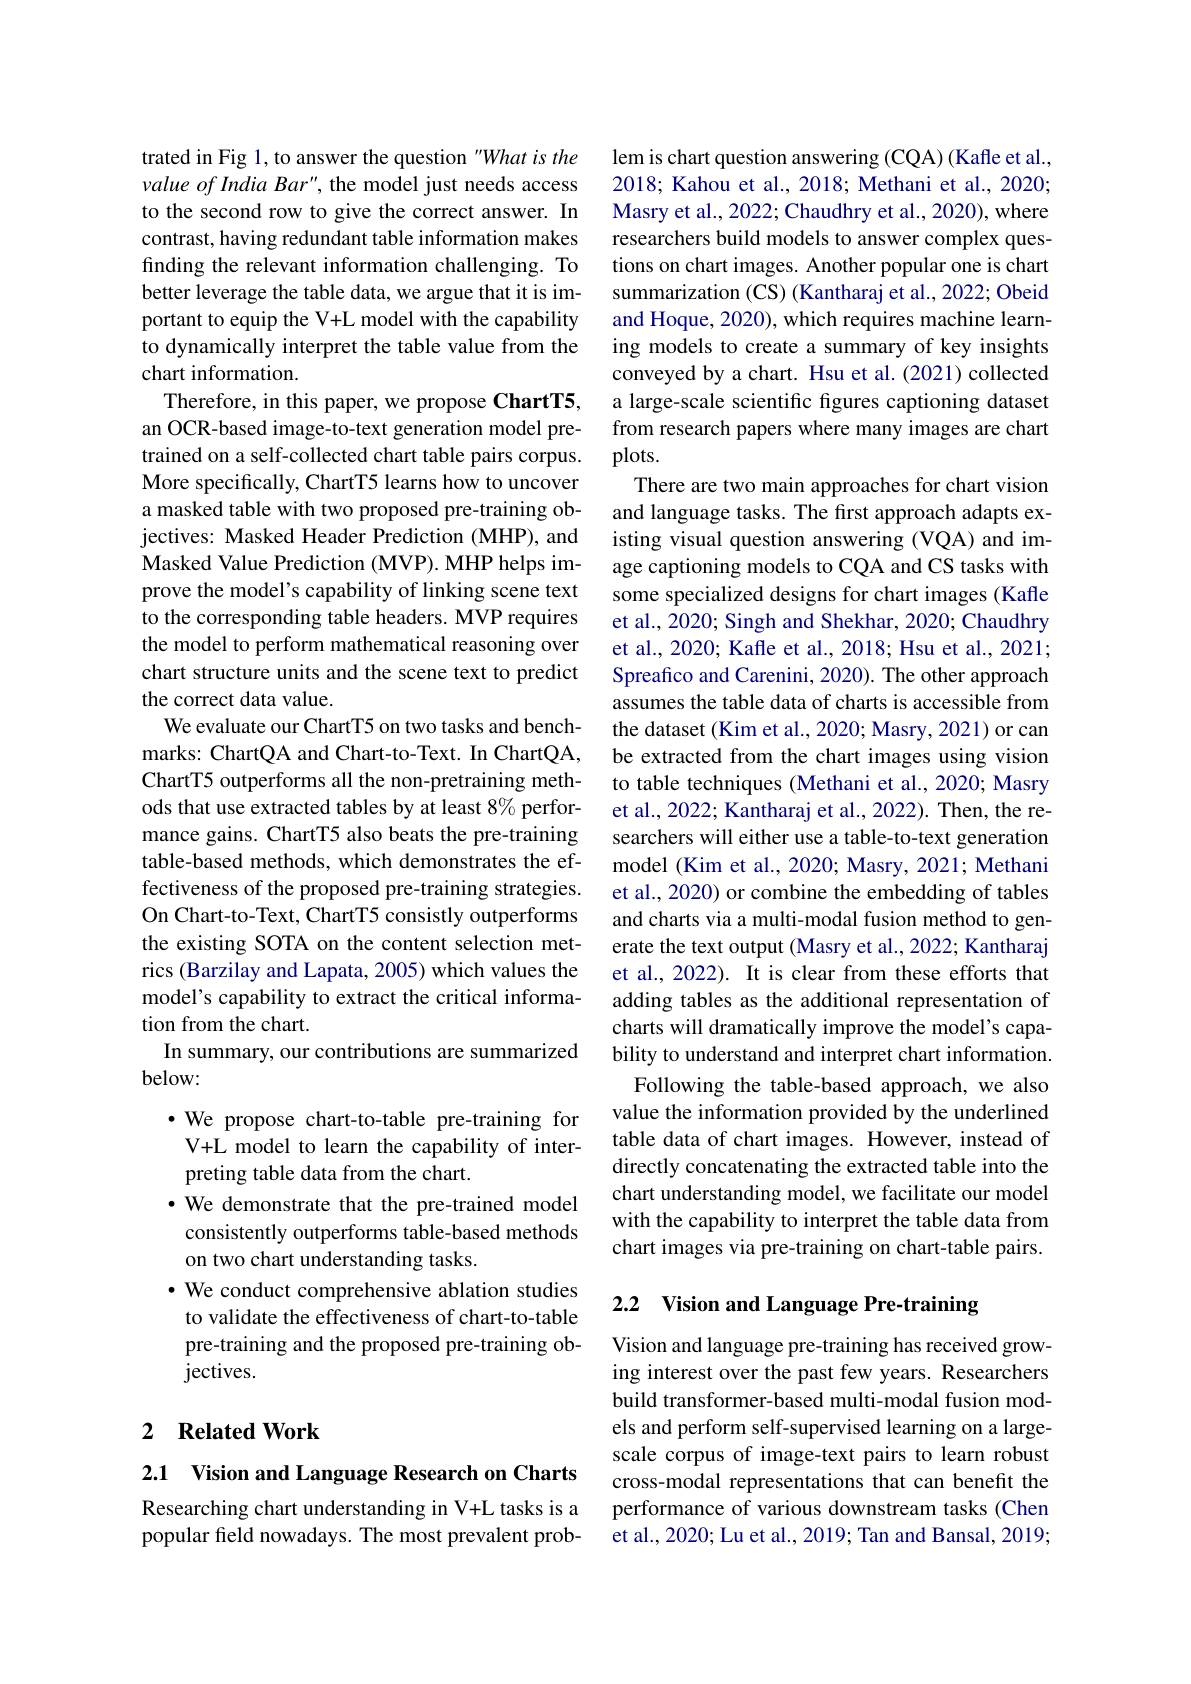
trated in Fig 1, to answer the question "What is the value of India Bar", the model just needs access to the second row to give the correct answer. In contrast, having redundant table information makes finding the relevant information challenging. To better leverage the table data, we argue that it is important to equip the V+L model with the capability to dynamically interpret the table value from the chart information.
Therefore, in this paper, we propose ChartT5, an OCR-based image-to-text generation model pretrained on a self-collected chart table pairs corpus. More specifically, ChartT5 learns how to uncover a masked table with two proposed pre-training objectives: Masked Header Prediction (MHP), and Masked Value Prediction (MVP). MHP helps improve the model's capability of linking scene text to the corresponding table headers. MVP requires the model to perform mathematical reasoning over chart structure units and the scene text to predict the correct data value.
We evaluate our ChartT5 on two tasks and benchmarks: ChartQA and Chart-to-Text. In ChartQA, ChartT5 outperforms all the non-pretraining methods that use extracted tables by at least 8% performance gains. ChartT5 also beats the pre-training table-based methods, which demonstrates the effectiveness of the proposed pre-training strategies. On Chart-to-Text, ChartT5 consistly outperforms the existing SOTA on the content selection metrics (Barzilay and Lapata, 2005) which values the model's capability to extract the critical information from the chart.
In summary, our contributions are summarized
below:
$\bullet$ We propose chart-to-table pre-training for V+L model to learn the capability of interpreting table data from the chart.
·We demonstrate that the pre-trained model
consistently outperforms table-based methods
on two chart understanding tasks.
· We conduct comprehensive ablation studies to validate the effectiveness of chart-to-table pre-training and the proposed pre-training objectives.

## 2 Related Work

2.1 Vision and Language Research on Charts

Researching chart understanding in V+L tasks is a popular field nowadays. The most prevalent prob-

lem is chart question answering (CQA) (Kafle et al., 2018; Kahou et al., 2018; Methani et al., 2020; Masry et al., 2022; Chaudhry et al., 2020), where researchers build models to answer complex questions on chart images. Another popular one is chart summarization (CS) (Kantharaj et al., 2022; Obeid and Hoque, 2020), which requires machine learning models to create a summary of key insights conveyed by a chart. Hsu et al.(2021) collected a large-scale scientific fgures captioning dataset from research papers where many images are chart plots.
There are two main approaches for chart vision and language tasks. The first approach adapts existing visual question answering (VQA) and image captioning models to CQA and CS tasks with some specialized designs for chart images (Kafle et al., 2020; Singh and Shekhar, 2020; Chaudhry et al., 2020; Kafle et al., 2018; Hsu et al., 2021; Spreafico and Carenini, 2020). The other approach assumes the table data of charts is accessible from the dataset (Kim et al., 2020; Masry, 2021) or can be extracted from the chart images using vision to table techniques (Methani et al., 2020; Masry et al., 2022; Kantharaj et al., 2022). Then, the researchers will either use a table-to-text generation model (Kim et al., 2020; Masry, 2021; Methani et al., 2020) or combine the embedding of tables and charts via a multi-modal fusion method to generate the text output (Masry et al., 2022; Kantharaj et al., 2022). It is clear from these efforts that adding tables as the additional representation of charts will dramatically improve the model's capability to understand and interpret chart information
Following the table-based approach, we also value the information provided by the underlined table data of chart images. However, instead of directly concatenating the extracted table into the chart understanding model, we facilitate our model with the capability to interpret the table data from chart images via pre-training on chart-table pairs.

## 2.2 Vision and Language Pre-training

Vision and language pre-training has received growing interest over the past few years. Researchers build transformer-based multi-modal fusion models and perform self-supervised learning on a largescale corpus of image-text pairs to learn robust cross-modal representations that can benefit the performance of various downstream tasks (Chen et al., 2020; Lu et al., 2019; Tan and Bansal, 2019;